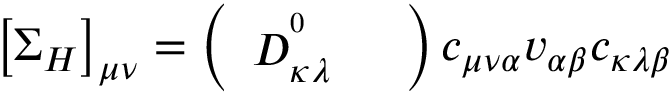
\left[ \Sigma _ { H } \right] _ { \mu \nu } = \left( \begin{array} { c c } { D _ { \kappa \lambda } ^ { ^ 0 } } & { } \end{array} \right) c _ { \mu \nu \alpha } v _ { \alpha \beta } c _ { \kappa \lambda \beta }